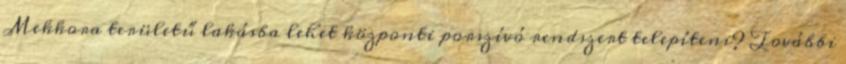
Mekkora területű lakásba lehet központi porszívó rendszert telepíteni? További